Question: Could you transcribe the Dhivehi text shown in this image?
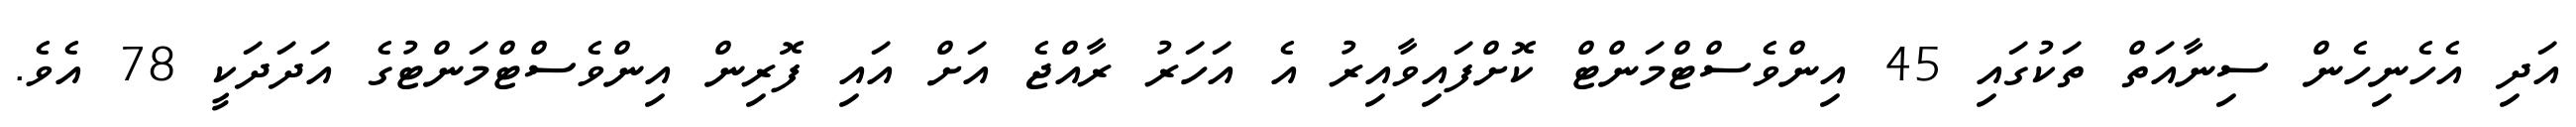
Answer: އަދި އެހެނިހެން ސިނާއަތް ތަކުގައި 45 އިންވެސްޓްމަންޓް ކޮށްފައިވާއިރު އެ އަހަރު ރާއްޖެ އަށް އައި ފޮރިން އިންވެސްޓްމަންޓުގެ އަދަދަކީ 78 އެވެ.